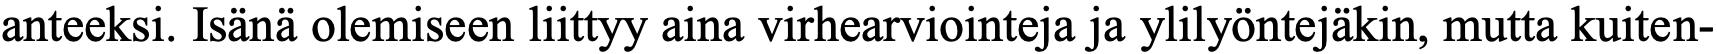
anteeksi. Isänä olemiseen liittyy aina virhearviointeja ja ylilyöntejäkin, mutta kuiten-